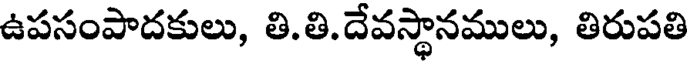
ఉపసంపాదకులు, తి.తి.దేవస్థానములు, తిరుపతి